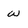
Character: W